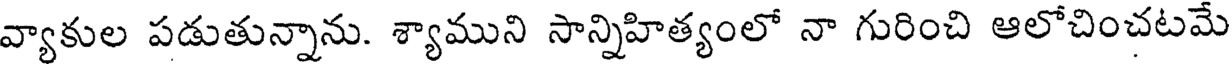
వ్యాకుల పడుతున్నాను. శ్యాముని సాన్నిహిత్యంలో నా గురించి ఆలోచించటమే